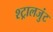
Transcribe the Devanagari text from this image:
श्ट्रालजुंट